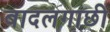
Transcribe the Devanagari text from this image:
बादलगाछी